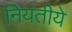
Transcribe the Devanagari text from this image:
नियतीये